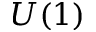
U ( 1 )